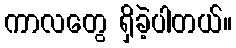
ကာလတွေ ရှိခဲ့ပါတယ်။